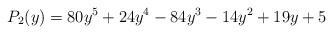
LaTeX: \begin{align*} P_2(y) = 80y^5 + 24y^4 - 84y^3 - 14y^2 + 19y + 5 \end{align*}